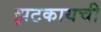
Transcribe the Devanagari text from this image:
झटकायची